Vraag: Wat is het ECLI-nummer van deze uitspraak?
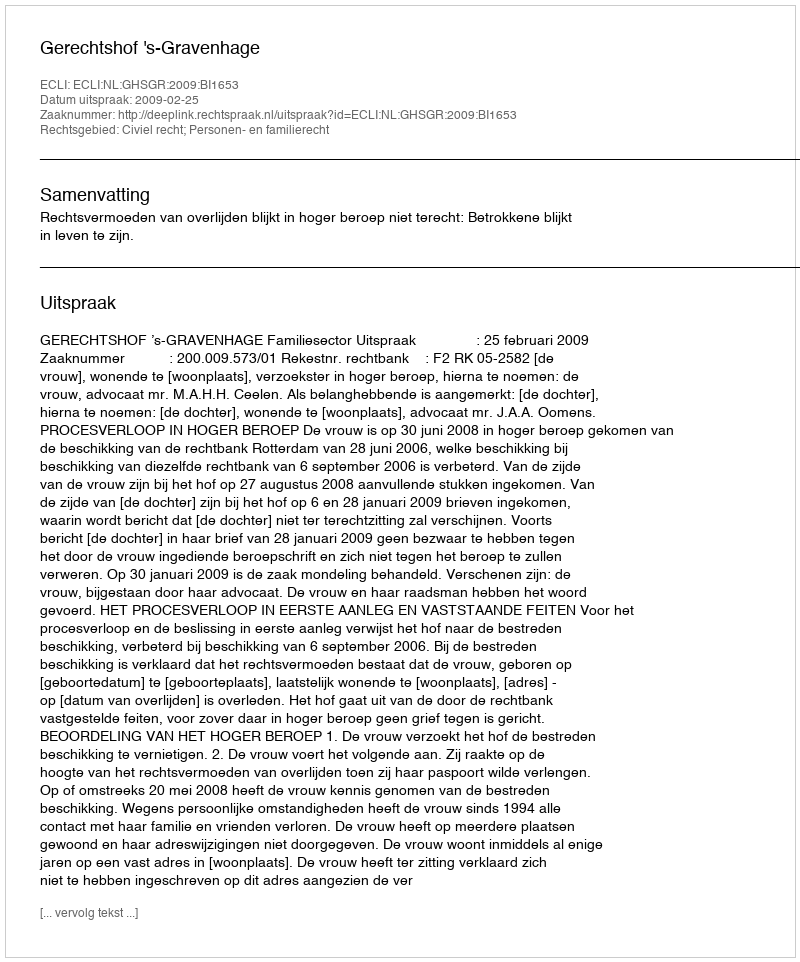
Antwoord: ECLI:NL:GHSGR:2009:BI1653